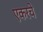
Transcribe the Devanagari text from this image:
एकरचे